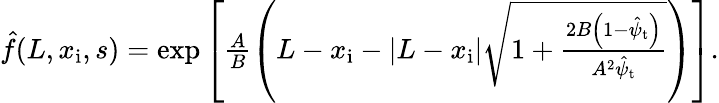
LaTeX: \begin{array}{r}{\hat{f}(L,x_{\mathrm{i}},s)=\exp\left[\frac{A}{B}\left(L-x_{\mathrm{i}}-|L-x_{\mathrm{i}}|\sqrt{1+\frac{2B\left(1-\hat{\psi}_{\mathrm{t}}\right)}{A^{2}\hat{\psi}_{\mathrm{t}}}}\right)\right].}\end{array}